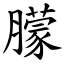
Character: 䑃